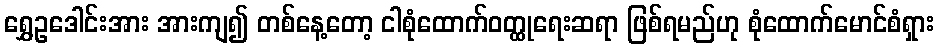
ရွှေဥဒေါင်းအား အားကျ၍ တစ်နေ့တော့ ငါစုံထောက်ဝတ္ထုရေးဆရာ ဖြစ်ရမည်ဟု စုံထောက်မောင်စံရှား